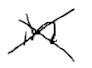
Text: in
Cross-out: cross
Writing tool: digital_black